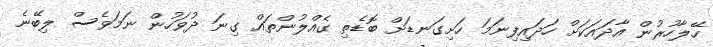
ހޭލާހުރުން އާދައަކަށް ހަދައިފިނަމަ ހަށިގަނޑަށް ބޮޑެތި ގެއްލުންތައް ގިނަ ދުވަހުން ނަމަވެސް ލިބޭނެ